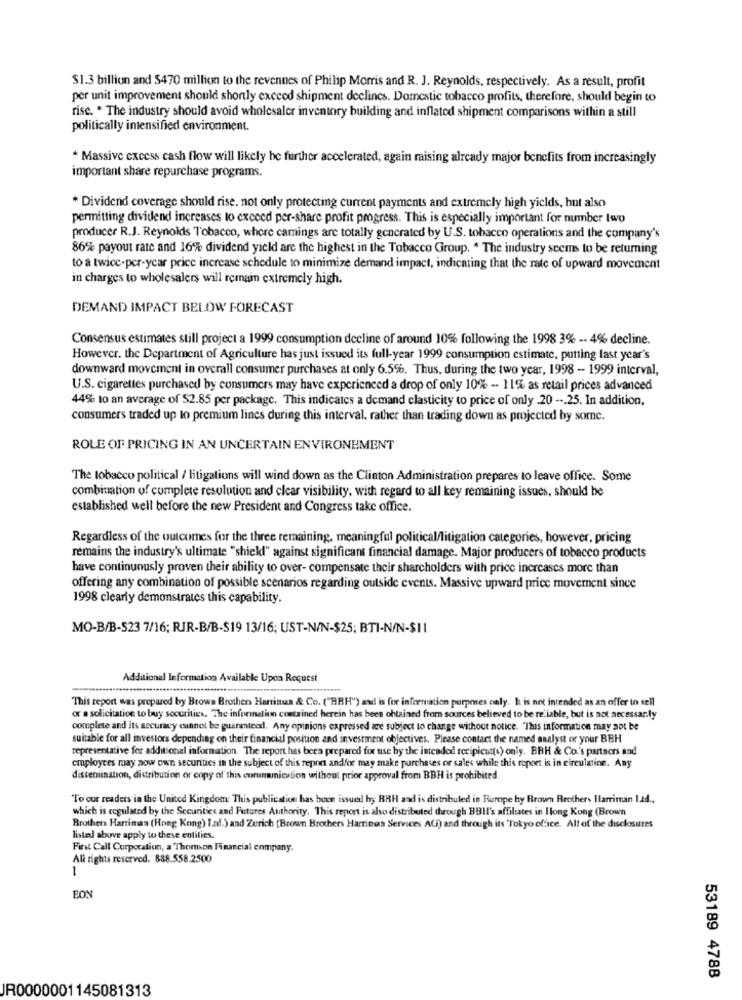
$1.3 billion and $470 million to the revenues of Philip Morris and R. J. Reynolds, respectively. As a result, profit
per unit improvement should shortly exceed shipment declines. Domestic tobacco profits, therefore, should begin to
rise. . The industry should avoid wholesaler inventory building and inflated shipment comparisons within a still
politically intensified environment.
* Massive excess cash flow will likely be further accelerated, again raising already major benefits from increasingly
important share repurchase programs.
* Dividend coverage should rise. not only protecting current payments and extremely high yields, hut also
permitting dividend increases to exceed per-share profit progress. This is especially important for number two
producer R.J. Reynolds Tobacco, where camings are totally generated by U.S. tobacco operations and the company's
86% payout rate and 16% dividend yield are the highest in the Tobacco Group. " The industry seems to be returning
to a twice-per-year price increase schedule to minimize demand impact, indicating that the rate of upward movement
in charges to wholesalers will remain extremely high.
DEMAND IMPACT BELOW FORECAST
Consensus estimates still project a 1999 consumption decline of around 10% following the 1998 3% -. 4% decline.
However. the Department of Agriculture has just issued its full-year 1999 consumption estimate, putting last year's
downward movement in overall consumer purchases at only 6.5%. Thus, during the two year, 1998 - 1999 interval,
U.S. cigarettes purchased by consumers may have experienced a drop of only 10% -- 11% as retail prices advanced
44% to an average of $2.85 per package. This indicates a demand elasticity to price of only .20 --. 25. In addition,
consumers traded up to premium lines during this interval, rather than trading down as projected by some.
ROLE OF PRICING IN AN UNCERTAIN ENVIRONEMENT
The tobacco political / litigations will wind down as the Clinton Administration prepares to leave office. Some
combination of complete resolution and clear visibility, with regard to all key remaining issues, should be
established well before the new President and Congress take office.
Regardless of the outcomes for the three remaining, meaningful political/litigation categories, however, pricing
remains the industry's ultimate "shiekl" against significant financial damage. Major producers of tobacco products
have continuously proven their ability to over- compensate their shareholders with price increases more than
offering any combination of possible scenarios regarding outside events. Massive upward price movement since
1998 clearly demonstrates this capability.
MO-B/B-S23 7/16; RJR-B/B-S19 13/16; UST-N/N-$25; BTI-N/N-$11
Additional Information Available Upon Request
This report was prepared by Brown Brother Harrisua & Co. ("BBH") and is for information purposes only. k is not intended as an offer to sell
or a solicitation to buy securities. The information contained herein has been obtained from sources believed to be reliable, but is not necessar.ly
complete and its accuracy cannot be guaranteed. Any opinions expressed are subject to change without notice. This information may not be
suitable for all investors depending on their financial position and investment objectives. Please contact the named analyst or your BBH
representative for additional information. The report has been prepared for use by the intended recipient(s) only. BRH & Co.'s partners and
employees may now own securities in the subject of this report andfor may make purchases or sales while this report is in circulation. Any
dissemination, distribution or copy of this corunamication without prior approval from BBH is prohibited.
"To our readers in the United Kingdom: This publication has been issued by RRH and is distributed in Rumpe by Brown Brothers Harriman Lad .,
which is ecgulated by the Securities and Futures Authority. This report is also distributed through BBIl's affiliates in Hong Kong (Brown
Brothers Harriman (Hong Kong) Iad.) and Zurich (Brown Brothers Harriman Services ACh) and through its 'Tokyo office. All of the disclosures
listed above apply to these entities.
First Call Corporation, a Thomson Financial company.
All rights reserved. 888.558.2500
1
EON
53189 4788
JR0000001145081313